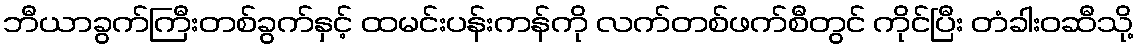
ဘီယာခွက်ကြီးတစ်ခွက်နှင့် ထမင်းပန်းကန်ကို လက်တစ်ဖက်စီတွင် ကိုင်ပြီး တံခါးဝဆီသို့